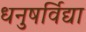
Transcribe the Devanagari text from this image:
धनुषर्विद्या